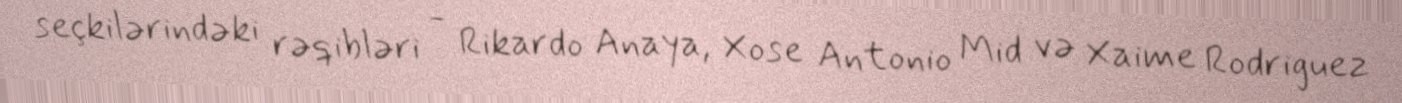
seçkilərindəki rəqibləri - Rikardo Anaya, Xose Antonio Mid və Xaime Rodriguez